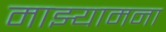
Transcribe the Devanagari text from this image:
माझ्यामना